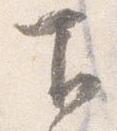
下